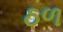
ઠળ